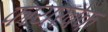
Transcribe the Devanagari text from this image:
फायरबेक